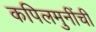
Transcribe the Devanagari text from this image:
कपिलमुनींची